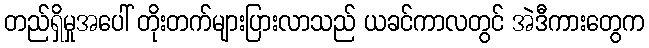
တည်ရှိမှုအပေါ် တိုးတက်များပြားလာသည် ယခင်ကာလတွင် အဲဒီကားတွေက